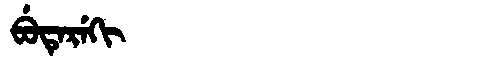
Manchu: ᠪᡠᡨᡝᡵᡝᡴᡳ
Romanization: BUTEREKI